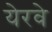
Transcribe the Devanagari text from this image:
येरवे